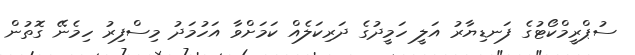
ސުޕްރީމްކޯޓުގެ ފަނޑިޔާރު އަލީ ހަމީދުގެ ދަރިކަލެއް ކަމަށްވާ އަހުމަދު މިސްފިރު ހިމެނޭ ގޮތުން